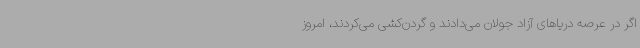
اگر در عرصه دریاهای آزاد جولان می‌دادند و گردن‌کشی می‌کردند، امروز